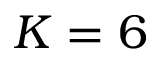
K = 6